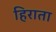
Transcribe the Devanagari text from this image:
हिराता